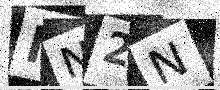
Text: MN2N